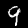
Label: 9